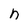
Character: n